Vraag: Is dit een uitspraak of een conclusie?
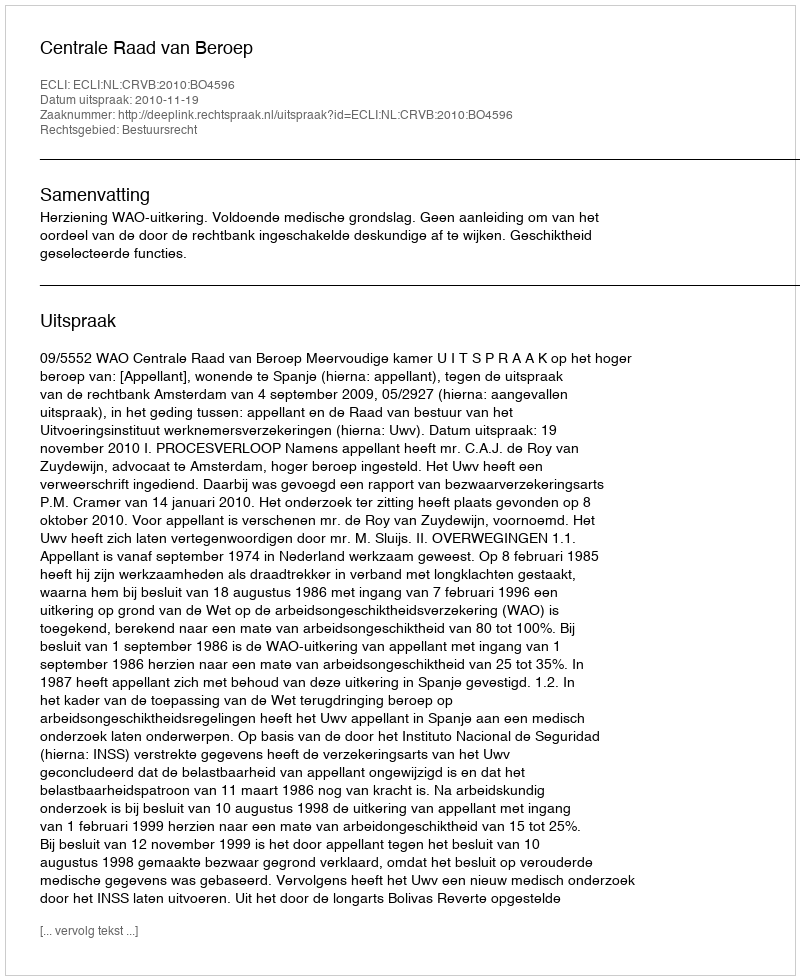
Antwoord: Uitspraak